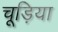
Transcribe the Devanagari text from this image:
चूड़िया